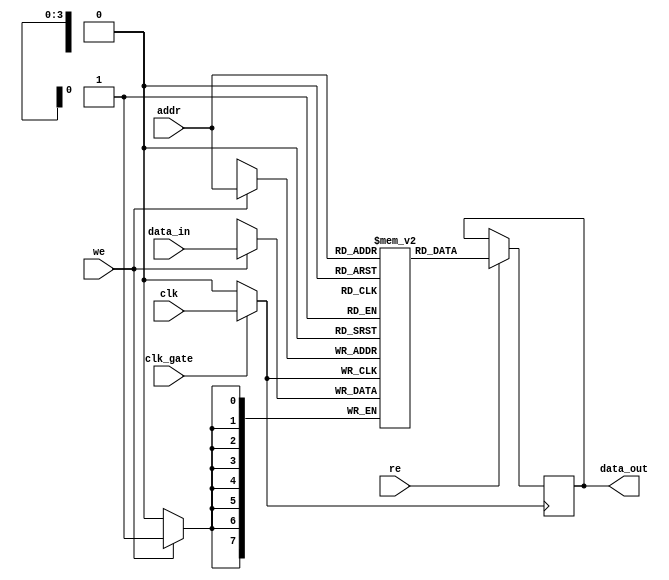
module clock_gated_memory (
    input wire clk,          // Primary clock input
    input wire clk_gate,     // Clock gating control signal
    input wire [7:0] data_in, // Data input for the memory
    input wire [3:0] addr,     // Address input
    input wire we,             // Write enable
    input wire re,             // Read enable
    output reg [7:0] data_out   // Data output
);

    // Memory array (16 x 8 bits)
    reg [7:0] memory [0:15];

    // Gated clock signal
    wire gated_clk;

    // Transmission gate implementation for clock gating
    assign gated_clk = clk_gate ? clk : 1'b0;

    // Memory operations (synchronous with gated clock)
    always @(posedge gated_clk) begin
        if (we) begin
            memory[addr] <= data_in; // Write operation
        end
        if (re) begin
            data_out <= memory[addr]; // Read operation
        end
    end

endmodule